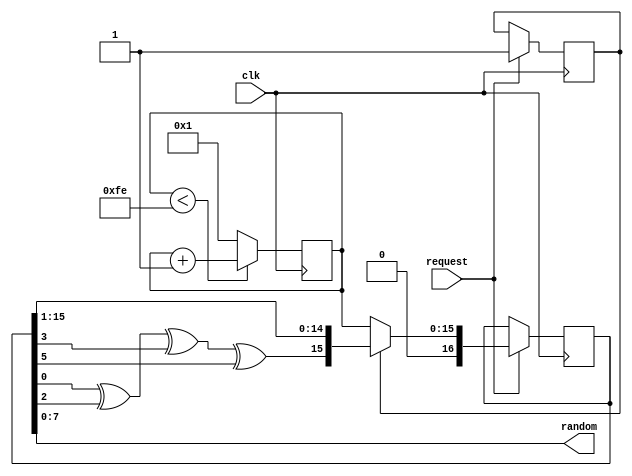
`timescale 1ns / 1ps
`default_nettype none

// Random number generator. It is a Fibonnacci LDR
// Source: https://en.wikipedia.org/wiki/Linear-feedback_shift_register
module FLDR16 (
    input wire clk,
    input wire request,
    output wire [7:0] random
    );

    reg inited = 1'b0;
    reg [15:0] counter = 16'b0;
    reg [16:0] seed = 16'b0;
    
    assign random = seed[7:0];
    
    always @( posedge clk ) begin

        if ( counter < 16'hFE ) begin
            counter <= counter + 16'b1;
        end
        else begin
            counter <= 16'b1;
        end

        if ( request == 1'b1 ) begin
            if ( inited == 1'b0 ) begin
                seed <= counter;
                inited <= 1'b1;
            end
            else begin 
                seed <= { seed[ 0 ] ^ seed[ 2 ] ^ seed[ 3 ] ^ seed[ 5 ], seed[ 15: 1 ] };
            end
        end
    end
    
endmodule

module veripac9 (
    input wire clk,
    input wire [7:0] addr,
    input wire rd,
    input wire wr,
    input wire [7:0] din,
    output reg [7:0] dout,
    input wire step,
    input wire reset
    );

    // Memory Map
    parameter VERIPAC_RAM_LENGTH = 8'hCA;
    localparam VERIPAC_CONTROL_REG = VERIPAC_RAM_LENGTH;
    localparam VERIPAC_KEYBOARD_REG = VERIPAC_CONTROL_REG + 8'd1;
    localparam VERIPAC_ACCUMULATOR = VERIPAC_CONTROL_REG + 8'd2;
    localparam VERIPAC_PROGRAM_COUNTER = VERIPAC_CONTROL_REG + 8'd3;
    localparam VERIPAC_INSTRUCTION_REG = VERIPAC_CONTROL_REG + 8'd4;
    localparam VERIPAC_DATA_COUNTER = VERIPAC_CONTROL_REG + 8'd5;

    localparam VERIPAC_SCREEN_START = 8'hD0;
    localparam VERIPAC_SCREEN_LENGTH = 8'd32;
    localparam VERIPAC_SCREEN_END = VERIPAC_SCREEN_START + VERIPAC_SCREEN_LENGTH;
    localparam VERIPAC_NUM_LINES = 8'd2;
    localparam VERIPAC_LINE_LENGTH = 8'd16;

    localparam VERIPAC_NUM_REGS = 8'd16;
    localparam VERIPAC_REGS_START = 8'hF0;
    
    localparam VERIPAC_STACK_SIZE = 8'd32;
    
    // Control Unit state
    localparam UCSTATE_FETCH1 = 2'b00;
    localparam UCSTATE_FETCH2 = 2'b01;
    localparam UCSTATE_EXEC = 2'b10;
    localparam UCSTATE_HALT = 2'b11;
    
    // Instruction set
    
    localparam I_CLR = 8'h01;
    localparam I_DEC = 8'h02;
    localparam I_INC = 8'h03;
    localparam I_RND = 8'h08;
    localparam I_MOV = 8'h09;
    localparam I_INA = 8'h04;
    localparam I_INPR = 4'h7;
    localparam I_OTA = 8'h0B;
    localparam I_OUTR = 4'hC;
    localparam I_SIG = 8'h05;
    localparam I_PAKR = 4'h8;
    localparam I_UNPR = 4'hB;
    localparam I_LDAR = 4'h9;
    localparam I_SUBR = 4'hD;
    localparam I_ADDR = 4'hE;
    localparam I_STOR = 4'hA;
    localparam I_LDVRNN = 4'h6;
    localparam I_NOP = 8'h00;
    localparam I_HALT = 8'hFF;
    localparam I_GTSNN = 8'h14;
    localparam I_RET = 8'h07;
    localparam I_BDCNN = 8'h11;
    localparam I_GTONN = 8'h12;
    localparam I_BRZNN = 8'h13;
    localparam I_BNERNN = 4'h2;
    localparam I_BEQRNN = 4'h3;
    localparam I_BGTRNN = 4'h4;
    localparam I_BLTRNN = 4'h5;
    
    // New instructions not present in original machine
    localparam I_LDVSPNN = 8'h10;
    localparam I_LDVANN = 8'h0A;
    localparam I_PSHA = 8'h0C;
    localparam I_POPA = 8'h0D;
    localparam I_PSHR = 8'h0E;
    localparam I_POPR = 8'h0F;
    localparam I_BNCNN = 8'h15;
    localparam I_BCNN = 8'h16;
    localparam I_MOVS = 8'h17;
    localparam I_CLRB = 8'h06;
    localparam I_ANDA = 8'h18;

    integer i;
 
    // The RAM
    reg [7: 0] ram[0: VERIPAC_RAM_LENGTH-1];
    initial begin
        for (i=0;i<VERIPAC_RAM_LENGTH;i=i+1)
            ram[i] = 8'b0;
    end
    
    // Screen Buffer
    reg [7: 0] screen[0: VERIPAC_SCREEN_LENGTH-1];
    initial begin
        for (i=0;i<VERIPAC_SCREEN_LENGTH;i=i+1)
            screen[i] = 8'h0C;
    end
    
    // The registers
    reg [7: 0] theRegisters[0: VERIPAC_NUM_REGS-1];
    initial begin
        for (i=0;i<VERIPAC_NUM_REGS;i=i+1)
            theRegisters[i] = 8'b0;
    end
    
    // The stack
    reg [7: 0] stack[ 0: VERIPAC_STACK_SIZE - 1];
    reg [7: 0] stackPointer = 0;
    
    // Special registers
    reg [7: 0] keyboardReg = 8'b0;
    reg [7: 0] accumulator = 8'b0;
    reg [7: 0] programCounter = 8'b0;
    reg [7: 0] instructionReg = 8'b0;
    reg [7: 0] dataCounter = 8'b0;
    reg [1: 0] ucState = UCSTATE_FETCH1;
    
    // Other signals
    reg carry = 1'b0;
    
    reg prevStep = 1'b0;
    
    // Used to fetch the contents of the register affected by the instruction:
    reg [7: 0] Ri = 8'b0;

    wire buzzer;
    assign buzzer = instructionReg == I_SIG && ucState == UCSTATE_EXEC;

    wire keyWanted;
    assign keyWanted = ( instructionReg == I_INA || instructionReg[7: 4] == I_INPR ) && ucState == UCSTATE_EXEC;
    
    // Random number generator
    reg rndRequest = 1'b0;
    wire [7: 0] rndNumber;
    FLDR16 theRND(
        .clk(clk),
        .request(rndRequest),
        .random(rndNumber)
    );
    

    function isTwoByteInstruction;
        input [7: 0] instructionFirstByte;
        
        isTwoByteInstruction = ( instructionFirstByte[7:4] >= 4'h1 &&
                                 instructionFirstByte[7:4] <= 4'h6 &&
                                 instructionFirstByte != I_MOVS ) ||
                                 instructionFirstByte == I_LDVANN ||
                                 instructionFirstByte == I_PSHR ||
                                 instructionFirstByte == I_POPR ||
                                 instructionFirstByte == I_ANDA;
    endfunction
    
    function isRegisterInstruction;
        input [7: 0] instructionFirstByte;
        
        isRegisterInstruction = instructionFirstByte[7:4] >= 4'h2 &&
                                instructionFirstByte[7:4] <= 4'hE;
    endfunction
    
    

    // Lectura del host
    always @* begin
        dout <= 8'hZZ;
        if (rd == 1'b1) begin
            if ( addr < VERIPAC_RAM_LENGTH ) begin
                dout <= ram[ addr ];
            end
            else if ( addr >= VERIPAC_SCREEN_START && addr < VERIPAC_SCREEN_END ) begin
                dout <= screen[ addr - VERIPAC_SCREEN_START ];
            end
            else if ( addr >= VERIPAC_REGS_START ) begin
                dout <= theRegisters[ addr - VERIPAC_REGS_START ];
            end
            else begin
                case ( addr )
                    VERIPAC_CONTROL_REG: begin
                        dout <= { 5'b0, buzzer, ucState };
                    end
                    
                    VERIPAC_KEYBOARD_REG : begin
                        dout <= { 7'b0, keyWanted };
                    end

                    VERIPAC_ACCUMULATOR: begin
                        dout <= accumulator;
                    end
                    
                    VERIPAC_PROGRAM_COUNTER: begin
                        dout <= programCounter;
                    end
                    
                    VERIPAC_INSTRUCTION_REG: begin
                        dout <= instructionReg;
                    end
                    
                    VERIPAC_DATA_COUNTER: begin
                        dout <= dataCounter;
                    end
                endcase
            end
        end
    end

    always @(posedge clk) begin

        // Escritura del host
        if (wr == 1'b1) begin
            if ( addr < VERIPAC_RAM_LENGTH ) begin
                ram[ addr ] <= din;
            end
            else if ( addr >= VERIPAC_SCREEN_START && addr < VERIPAC_SCREEN_END ) begin
                screen[ addr - VERIPAC_SCREEN_START ] <= din;
            end
            else if ( addr >= VERIPAC_REGS_START ) begin
                theRegisters[ addr - VERIPAC_REGS_START ] <= din;
            end
            else begin
                case ( addr )
                
                    VERIPAC_KEYBOARD_REG : begin
                        keyboardReg <= din;
                    end

                    VERIPAC_ACCUMULATOR: begin
                        accumulator <= din;
                    end
                    
                    VERIPAC_PROGRAM_COUNTER: begin
                        programCounter <= din;
                    end
                    
                    VERIPAC_INSTRUCTION_REG: begin
                        instructionReg <= din;
                    end
                    
                    VERIPAC_DATA_COUNTER: begin
                        dataCounter <= din;
                    end
                endcase
            end
        end
        else if ( rd == 0 ) begin
            if (reset == 1'b1) begin
                programCounter <= 8'b0;
                stackPointer <= 8'b0;
                ucState <= UCSTATE_FETCH1;
            end
            else if ( step == 1'b1 && prevStep == 1'b0 ) begin
                // Ejecucion de un paso de instruccion
                case ( ucState )
                    UCSTATE_FETCH1 : begin
                        if ( programCounter >= VERIPAC_RAM_LENGTH ) begin
                            ucState <= UCSTATE_HALT;
                        end
                        else begin
                            instructionReg <= ram[ programCounter ];
                            programCounter <= programCounter + 1;
                            ucState <= UCSTATE_FETCH2;
                        end
                    end
                    UCSTATE_FETCH2 : begin
                        if ( isTwoByteInstruction( instructionReg ) ) begin
                            if ( programCounter >= VERIPAC_RAM_LENGTH ) begin
                                ucState <= UCSTATE_HALT;
                            end
                            else begin
                                dataCounter <= ram[ programCounter ];
                                programCounter <= programCounter + 1;
                                ucState <= UCSTATE_EXEC;
                            end
                        end
                        else begin
                            if ( instructionReg == I_RND ) begin
                                rndRequest <= 1'b1;
                            end
                            dataCounter <= 8'b0;
                            ucState <= UCSTATE_EXEC;
                        end

                        if ( instructionReg == I_OTA ||
                             instructionReg[7: 4] == I_OUTR ||
                             instructionReg == I_SIG ||
                             instructionReg == I_MOVS ) begin
                            Ri <= theRegisters[ 4'hB ];
                        end
                        else if ( instructionReg == I_MOV ) begin
                            Ri <= theRegisters[ 4'hC ];
                        end
                        else if ( isRegisterInstruction( instructionReg ) ) begin
                            Ri <= theRegisters[ instructionReg[3: 0] ];
                        end
                        else begin
                            Ri <= 8'b0;
                        end

                    end
                    UCSTATE_EXEC : begin

                        if ( isRegisterInstruction( instructionReg ) ) begin

                            // Instructions using a register Ri
                            case ( instructionReg[7: 4] )
                                I_INPR : begin
                                    // Get keyboard input in register
                                    theRegisters[ instructionReg[3: 0] ] <= keyboardReg;
                                    ucState <= UCSTATE_FETCH1;
                                end
                                I_OUTR : begin
                                    // Output register to screen pointed by RB and inc RB
                                    screen[ Ri[4: 0] ] <= theRegisters[ instructionReg[3: 0] ];
                                    theRegisters[ 4'hB ][4: 0] <= Ri[4: 0] + 1;
                                    ucState <= UCSTATE_FETCH1;
                                end
                                I_PAKR : begin
                                    // Pack nibbles
                                    accumulator[7: 4] <= Ri[3: 0];
                                    accumulator[3: 0] <= theRegisters[ instructionReg[3: 0] + 1'b1 ][3: 0];
                                    ucState <= UCSTATE_FETCH1;
                                end
                                I_UNPR : begin
                                    // Unpack nibbles
                                    theRegisters[ instructionReg[3: 0] ] <= accumulator[7: 4];
                                    theRegisters[ instructionReg[3: 0] + 1 ] <= accumulator[3: 0];
                                    ucState <= UCSTATE_FETCH1;
                                end
                                I_LDAR : begin
                                    // Load accumulator with register
                                    accumulator <= Ri;
                                    ucState <= UCSTATE_FETCH1;
                                end
                                I_SUBR : begin
                                    // Subtract accumulator from register
                                    { carry, accumulator } <= Ri - accumulator;
                                    ucState <= UCSTATE_FETCH1;
                                end
                                I_ADDR : begin
                                    // Add register to accumulator
                                    { carry, accumulator } <= Ri + accumulator;
                                    ucState <= UCSTATE_FETCH1;
                                end
                                I_STOR : begin
                                    // Store accumulator in register
                                    theRegisters[ instructionReg[3: 0] ] <= accumulator;
                                    ucState <= UCSTATE_FETCH1;
                                end
                                I_LDVRNN : begin
                                    // Load register with number
                                    theRegisters[ instructionReg[3: 0] ] <= dataCounter;
                                    ucState <= UCSTATE_FETCH1;
                                end
                                I_BNERNN : begin
                                    // Branch if accumulator != Ri
                                    if ( accumulator != Ri ) begin
                                        programCounter <= dataCounter;
                                    end
                                    ucState <= UCSTATE_FETCH1;
                                end
                                I_BEQRNN : begin
                                    // Branch if accum == Ri
                                    if ( accumulator == Ri ) begin
                                        programCounter <= dataCounter;
                                    end
                                    ucState <= UCSTATE_FETCH1;
                                end
                                I_BGTRNN : begin
                                    // Branch if Ri < accum
                                    if ( Ri > accumulator ) begin
                                        programCounter <= dataCounter;
                                    end
                                    ucState <= UCSTATE_FETCH1;
                                end
                                I_BLTRNN : begin
                                    // Branch if Ri > accum
                                    if ( Ri < accumulator ) begin
                                        programCounter <= dataCounter;
                                    end
                                    ucState <= UCSTATE_FETCH1;
                                end
                            endcase

                        end
                        else begin
                            // Instructions that don't define a register
                            case ( instructionReg )
                                I_CLR : begin
                                    // Clear accumulator
                                    accumulator <= 8'b0;
                                    ucState <= UCSTATE_FETCH1;
                                end
                                I_DEC : begin
                                    // Subtract 1 from accumulator
                                    { carry, accumulator } <= accumulator - 8'b1;
                                    ucState <= UCSTATE_FETCH1;
                                end
                                I_INC : begin
                                    // Add 1 to accumulator
                                    { carry, accumulator } <= accumulator + 8'b1;
                                    ucState <= UCSTATE_FETCH1;
                                end
                                I_RND : begin
                                    // Get a random number in accumulator
                                    accumulator <= rndNumber;
                                    rndRequest <= 1'b0;
                                    ucState <= UCSTATE_FETCH1;
                                end
                                I_MOV : begin
                                    // Indirect reference memory with RC and copy result to accumulator
                                    if ( Ri < VERIPAC_RAM_LENGTH ) begin
                                        accumulator <= ram[ Ri ];
                                        theRegisters[ 4'hC ] <= theRegisters[ 4'hC ] + 1;
                                    end
                                    else begin
                                        accumulator <= 8'b0;
                                    end
                                    ucState <= UCSTATE_FETCH1;
                                end
                                I_INA : begin
                                    // Get keyboard input in accumulator
                                    accumulator <= keyboardReg;
                                    ucState <= UCSTATE_FETCH1;
                                end
                                I_OTA : begin
                                    // Output accumulator to screen pointed by RB and inc RB
                                    screen[ Ri[4: 0] ] <= accumulator;
                                    theRegisters[ 4'hB ][4: 0] <= Ri[4: 0] + 1;
                                    ucState <= UCSTATE_FETCH1;
                                end
                                I_SIG : begin
                                    // Activate buzzer (see buzzer wire)
                                    ucState <= UCSTATE_FETCH1;
                                end
                                I_NOP : begin
                                    // Do nothing (NO-OP)
                                    ucState <= UCSTATE_FETCH1;
                                end
                                I_HALT : begin
                                    // Enter halt state
                                    ucState <= UCSTATE_HALT;
                                end
                                I_GTSNN : begin
                                    // Go to subroutine
                                    if ( stackPointer == VERIPAC_STACK_SIZE - 1 ) begin
                                        ucState <= UCSTATE_HALT;
                                    end
                                    else begin
                                        stack[ stackPointer[4:0] ] <= programCounter;
                                        programCounter <= dataCounter;
                                        stackPointer <= stackPointer + 1'b1;
                                        ucState <= UCSTATE_FETCH1;
                                    end
                                end
                                I_RET : begin
                                    // Return from subroutine
                                    if ( stackPointer == 0 ) begin
                                        ucState <= UCSTATE_HALT;
                                    end
                                    else begin
                                        programCounter <= stack[ stackPointer - 1'b1 ];
                                        stackPointer <= stackPointer - 1'b1;
                                        ucState <= UCSTATE_FETCH1;
                                    end
                                end
                                I_BDCNN : begin
                                    // Branch if accum != 0
                                    if ( accumulator != 8'b0 ) begin
                                        programCounter <= dataCounter;
                                    end
                                    ucState <= UCSTATE_FETCH1;
                                end
                                I_GTONN : begin
                                    // Branch if accum == 0
                                    programCounter <= dataCounter;
                                    ucState <= UCSTATE_FETCH1;
                                end
                                I_BRZNN : begin
                                    // Unconditional branch
                                    if ( accumulator == 8'b0 ) begin
                                        programCounter <= dataCounter;
                                    end
                                    ucState <= UCSTATE_FETCH1;
                                end
                                I_LDVSPNN : begin
                                    stackPointer <= dataCounter;
                                    ucState <= UCSTATE_FETCH1;
                                end
                                I_LDVANN : begin
                                    accumulator <= dataCounter;
                                    ucState <= UCSTATE_FETCH1;
                                end
                                I_PSHA : begin
                                    if ( stackPointer == VERIPAC_STACK_SIZE - 1 ) begin
                                        ucState <= UCSTATE_HALT;
                                    end
                                    else begin
                                        stack[ stackPointer[4:0] ] <= accumulator;
                                        stackPointer <= stackPointer + 1'b1;
                                        ucState <= UCSTATE_FETCH1;
                                    end
                                    ucState <= UCSTATE_FETCH1;
                                end
                                I_POPA : begin
                                    if ( stackPointer == 0 ) begin
                                        ucState <= UCSTATE_HALT;
                                    end
                                    else begin
                                        accumulator <= stack[ stackPointer - 1'b1 ];
                                        stackPointer <= stackPointer - 1'b1;
                                        ucState <= UCSTATE_FETCH1;
                                    end
                                    ucState <= UCSTATE_FETCH1;
                                end
                                I_PSHR : begin
                                    if ( stackPointer == VERIPAC_STACK_SIZE - 1 ) begin
                                        ucState <= UCSTATE_HALT;
                                    end
                                    else begin
                                        stack[ stackPointer[4:0] ] <= theRegisters[ dataCounter[3: 0] ];
                                        stackPointer <= stackPointer + 1'b1;
                                        ucState <= UCSTATE_FETCH1;
                                    end
                                    ucState <= UCSTATE_FETCH1;
                                end
                                I_POPR : begin
                                    if ( stackPointer == 0 ) begin
                                        ucState <= UCSTATE_HALT;
                                    end
                                    else begin
                                        theRegisters[ dataCounter[3: 0] ] <= stack[ stackPointer - 1'b1 ];
                                        stackPointer <= stackPointer - 1'b1;
                                        ucState <= UCSTATE_FETCH1;
                                    end
                                    ucState <= UCSTATE_FETCH1;
                                end
                                I_BNCNN : begin
                                    // Branch if carry == 0
                                    if ( carry == 1'b0 ) begin
                                        programCounter <= dataCounter;
                                    end
                                    ucState <= UCSTATE_FETCH1;
                                end
                                I_BCNN : begin
                                    // Branch if carry == 1
                                    if ( carry == 1'b1 ) begin
                                        programCounter <= dataCounter;
                                    end
                                    ucState <= UCSTATE_FETCH1;
                                end
                                I_MOVS : begin
                                    accumulator <= screen[ Ri[4: 0 ] ];
                                    theRegisters[ 4'hB ] <= Ri + 8'b1;
                                    ucState <= UCSTATE_FETCH1;
                                end
                                I_CLRB : begin
                                    theRegisters[ 4'hB ] <= 8'b0;
                                    ucState <= UCSTATE_FETCH1;
                                end
                                I_ANDA : begin
                                    accumulator <= accumulator & dataCounter;
                                end
                            endcase
                        end
                    end
                    //UCSTATE_HALT : begin
                    // Nada que hacer aqui
                    //end
                endcase
            end
            
            prevStep <= step;
        end
        
    end

endmodule